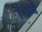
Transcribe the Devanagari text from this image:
हैं।वीओ